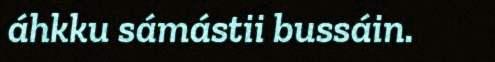
áhkku sámástii bussáin.